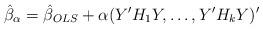
LaTeX: \begin{align*}\hat{\beta}_{\alpha }=\hat{\beta}_{OLS}+\alpha (Y^{\prime }H_{1}Y,\ldots,Y^{\prime }H_{k}Y)^{\prime } \end{align*}